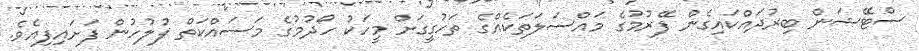
ސްޓޭޝަން ބިރުދައްކައިގެން ފޭރުމުގެ މައްސަލަތަކެއްގެ ތަހުގީގަށް މީހަކު ހޯދުމުގެ މަސައްކަތް ފުލުހުން ފަށައިފިއެވެ.